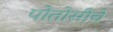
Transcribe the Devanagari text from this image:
पोतोसीचे